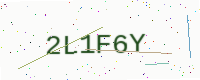
Text: 2L1F6Y